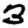
Digit: 3